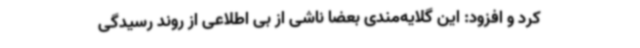
کرد و افزود: این گلایه‌مندی بعضا ناشی از بی اطلاعی از روند رسیدگی